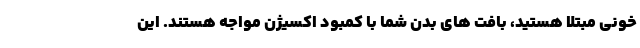
خونی مبتلا هستید، بافت های بدن شما با کمبود اکسیژن مواجه هستند. این